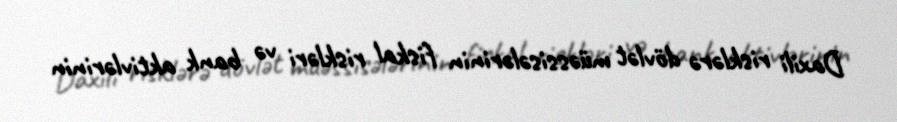
Daxili risklərə dövlət müəssisələrinin fiskal riskləri və bank aktivlərinin